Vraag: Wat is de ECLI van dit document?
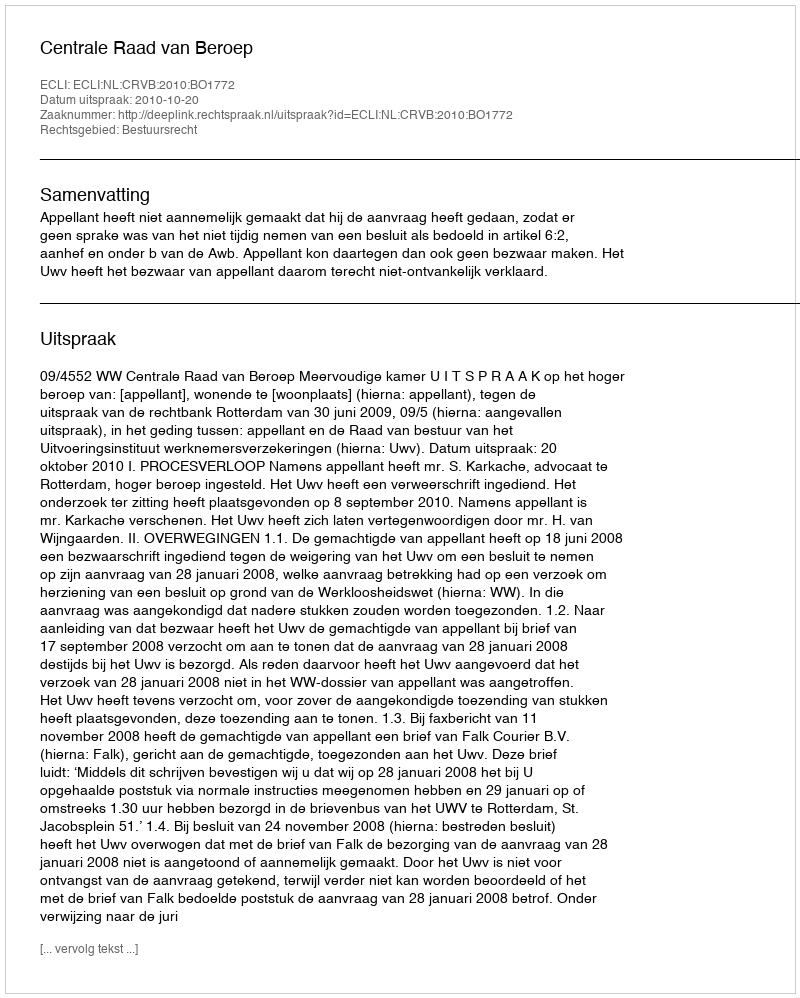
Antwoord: ECLI:NL:CRVB:2010:BO1772